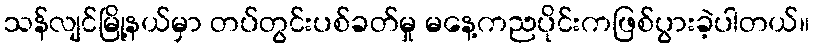
သန်လျင်မြို့နယ်မှာ တပ်တွင်းပစ်ခတ်မှု မနေ့ကညပိုင်းကဖြစ်ပွားခဲ့ပါတယ်။